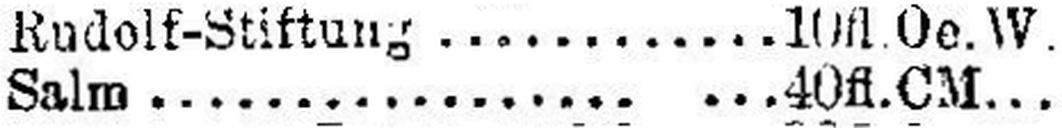
Salm 40 fl. CM